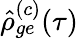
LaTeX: \hat{\rho}_{ge}^{(c)}(\tau)